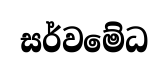
සර්වමේධ